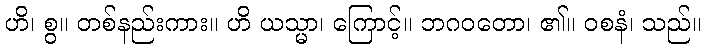
ဟိ၊ စွ။ တစ်နည်းကား။ ဟိ ယသ္မာ၊ ကြောင့်။ ဘဂဝတော၊ ၏။ ဝစနံ၊ သည်။